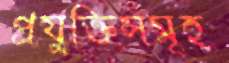
প্রযুক্তিসমূহ